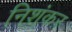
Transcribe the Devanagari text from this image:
निशंकर